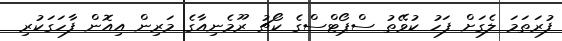
ފުރަތަމަ ލެގަށް ފަހު ކުވޭތު ސްޕޯޓްސްގެ ކޯޗު ރޫމެނިއާގެ މަރިން އިއޮން ފާހަގަކުރި